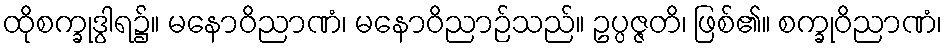
ထိုစက္ခုဒွါရ၌။ မနောဝိညာဏံ၊ မနောဝိညာဉ်သည်။ ဥပ္ပဇ္ဇတိ၊ ဖြစ်၏။ စက္ခုဝိညာဏံ၊